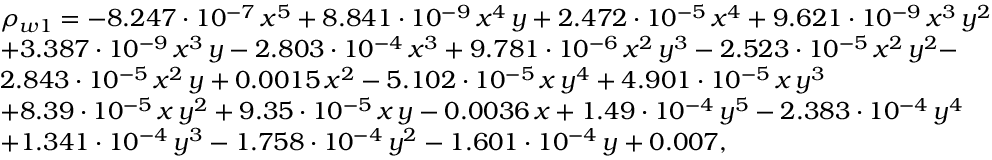
\begin{array} { r l } & { \rho _ { w 1 } = - 8 . 2 4 7 \cdot 1 0 ^ { - 7 } \, x ^ { 5 } + 8 . 8 4 1 \cdot 1 0 ^ { - 9 } \, x ^ { 4 } \, y + 2 . 4 7 2 \cdot 1 0 ^ { - 5 } \, x ^ { 4 } + 9 . 6 2 1 \cdot 1 0 ^ { - 9 } \, x ^ { 3 } \, y ^ { 2 } } \\ & { + 3 . 3 8 7 \cdot 1 0 ^ { - 9 } \, x ^ { 3 } \, y - 2 . 8 0 3 \cdot 1 0 ^ { - 4 } \, x ^ { 3 } + 9 . 7 8 1 \cdot 1 0 ^ { - 6 } \, x ^ { 2 } \, y ^ { 3 } - 2 . 5 2 3 \cdot 1 0 ^ { - 5 } \, x ^ { 2 } \, y ^ { 2 } - } \\ & { 2 . 8 4 3 \cdot 1 0 ^ { - 5 } \, x ^ { 2 } \, y + 0 . 0 0 1 5 \, x ^ { 2 } - 5 . 1 0 2 \cdot 1 0 ^ { - 5 } \, x \, y ^ { 4 } + 4 . 9 0 1 \cdot 1 0 ^ { - 5 } \, x \, y ^ { 3 } } \\ & { + 8 . 3 9 \cdot 1 0 ^ { - 5 } \, x \, y ^ { 2 } + 9 . 3 5 \cdot 1 0 ^ { - 5 } \, x \, y - 0 . 0 0 3 6 \, x + 1 . 4 9 \cdot 1 0 ^ { - 4 } \, y ^ { 5 } - 2 . 3 8 3 \cdot 1 0 ^ { - 4 } \, y ^ { 4 } } \\ & { + 1 . 3 4 1 \cdot 1 0 ^ { - 4 } \, y ^ { 3 } - 1 . 7 5 8 \cdot 1 0 ^ { - 4 } \, y ^ { 2 } - 1 . 6 0 1 \cdot 1 0 ^ { - 4 } \, y + 0 . 0 0 7 , } \end{array}